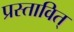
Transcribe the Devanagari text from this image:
प्रस्तावित्